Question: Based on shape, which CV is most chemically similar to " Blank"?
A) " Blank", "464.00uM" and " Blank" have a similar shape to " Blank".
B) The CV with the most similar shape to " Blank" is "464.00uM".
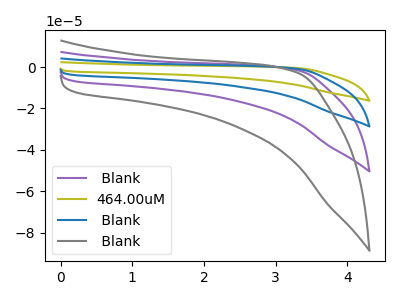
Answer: <think>The purple curve " Blank" has no peaks. The olive curve "464.00uM" has no peaks. The blue curve " Blank" has no peaks. The gray curve " Blank" has no peaks.
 Neither " Blank" or "464.00uM" have any peaks. Neither " Blank" or " Blank" have any peaks. Neither " Blank" or " Blank" have any peaks. Neither "464.00uM" or " Blank" have any peaks. Neither "464.00uM" or " Blank" have any peaks. Neither " Blank" or " Blank" have any peaks.</think>
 <answer>A) " Blank", "464.00uM" and " Blank" have a similar shape to " Blank".</answer>
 <eval>A</eval>